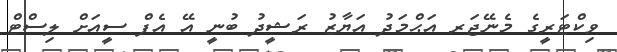
ވިކްޓަރީގެ މެނޭޖަރ އަޙްމަދު އަޔާޒު ރަޝީދު ބުނީ އޭ އެފް ސީއަށް ލިސްޓް